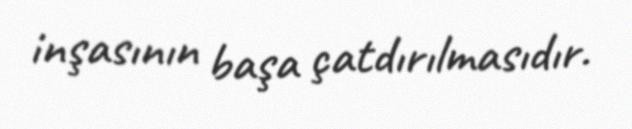
inşasının başa çatdırılmasıdır.